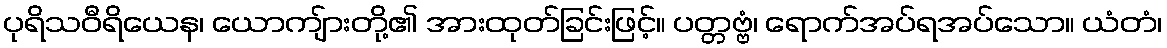
ပုရိသဝီရိယေန၊ ယောကျ်ားတို့၏ အားထုတ်ခြင်းဖြင့်။ ပတ္တဗ္ဗံ၊ ရောက်အပ်ရအပ်သော။ ယံတံ၊